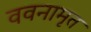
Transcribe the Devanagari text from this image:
ववनामृत